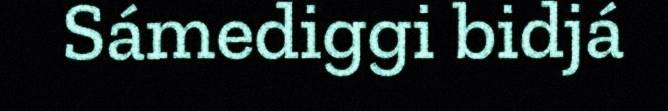
Sámediggi bidjá